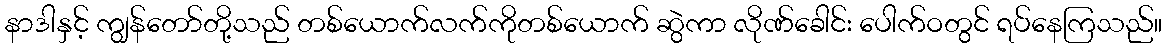
နာဒါနှင့် ကျွန်တော်တို့သည် တစ်ယောက်လက်ကိုတစ်ယောက် ဆွဲကာ လိုဏ်ခေါင်း ပေါက်ဝတွင် ရပ်နေကြသည်။